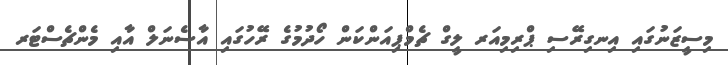
މިސީޒަނުގައި އިނގިރޭސި ޕްރިމިއަރ ލީގް ޗެމްޕިއަންކަން ހޯދުމުގެ ރޭހުގައި އާސެނަލް އާއި މެންޗެސްޓަރ